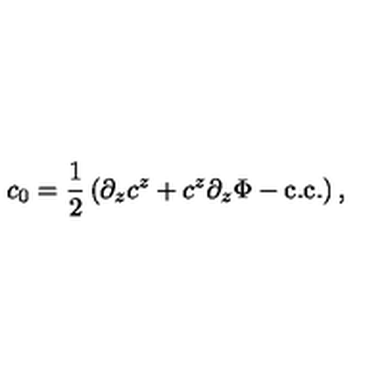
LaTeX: c _ { 0 } = \frac { 1 } { 2 } \left( \partial _ { z } c ^ { z } + c ^ { z } \partial _ { z } \Phi - \mathrm { c . c . } \right) ,